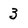
Character: 3